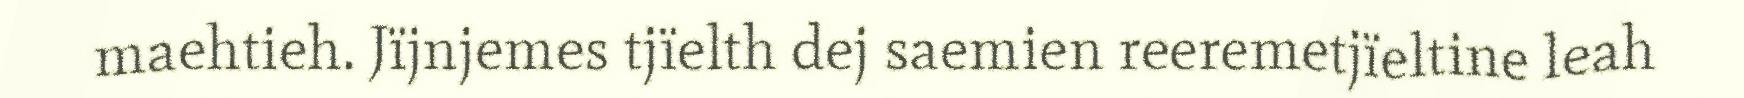
maehtieh. Jïjnjemes tjïelth dej saemien reeremetjïeltine leah